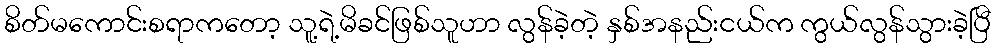
စိတ်မကောင်းစရာကတော့ သူ့ရဲ့မိခင်ဖြစ်သူဟာ လွန်ခဲ့တဲ့ နှစ်အနည်းငယ်က ကွယ်လွန်သွားခဲ့ပြီ